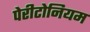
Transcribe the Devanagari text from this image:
पेरीटोनियम